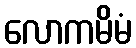
လောကမိမံ